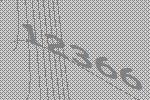
12366